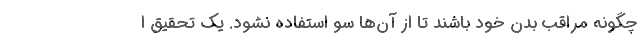
چگونه مراقب بدن خود باشند تا از آن‌ها سو استفاده نشود. یک تحقیق ا